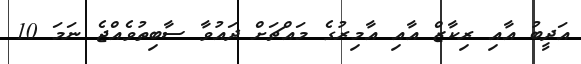
އަދީބު އާއި ރިކާޒް އާއި އާމިރުގެ މައްޗަށް ދައުވާ ސާބިތުވެއްޖެ ނަމަ 10